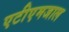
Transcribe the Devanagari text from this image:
एटीएमजाल